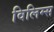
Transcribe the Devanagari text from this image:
विलिम्स